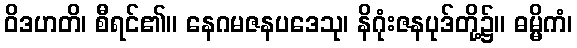
ဝိဒဟတိ၊ စီရင်၏။ နေဂမဇနပဒေသု၊ နိဂုံးဇနပုဒ်တို့၌။ ဓမ္မိကံ၊